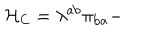
{ \cal H } _ { \mathrm { C } } = \lambda ^ { \mathrm { a b } } \pi _ { \mathrm { b a } } -